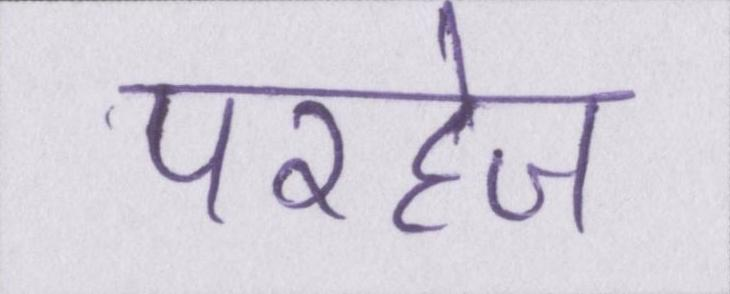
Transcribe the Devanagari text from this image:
परहेज